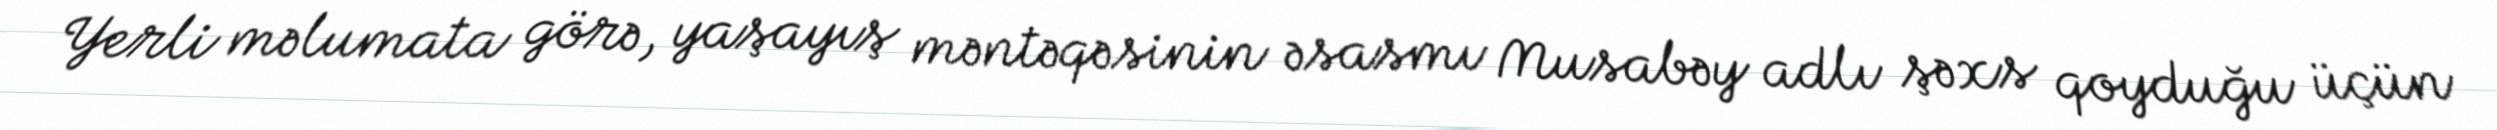
Yerli məlumata görə, yaşayış məntəqəsinin əsasmı Musabəy adlı şəxs qoyduğu üçün